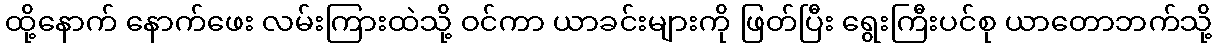
ထို့နောက် နောက်ဖေး လမ်းကြားထဲသို့ ဝင်ကာ ယာခင်းများကို ဖြတ်ပြီး ရွေးကြီးပင်စု ယာတောဘက်သို့